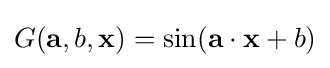
G(\mathbf {a} ,b,\mathbf {x} )=\sin(\mathbf {a} \cdot \mathbf {x} +b)